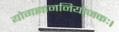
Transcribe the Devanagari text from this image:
योगज्ञाननियोजकः।